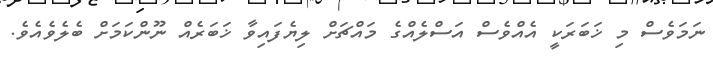
ނަމަވެސް މި ޚަބަރަކީ އެއްވެސް އަސްލެއްގެ މައްޗަށް ލިޔެފައިވާ ޚަބަރެއް ނޫންކަމަށް ބެލެވެއެވެ.